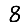
Digit: 8